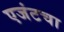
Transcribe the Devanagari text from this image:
एजंटचा